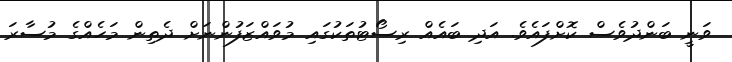
ވަނީ ބަންދުވެސް ކޮށްފައެވެ. އަދި ބައެއް ރިސޯޓުތަކުގައި މުވައްޒަފުންނަށް ދެތިން މަހެއްގެ މުސާރަ